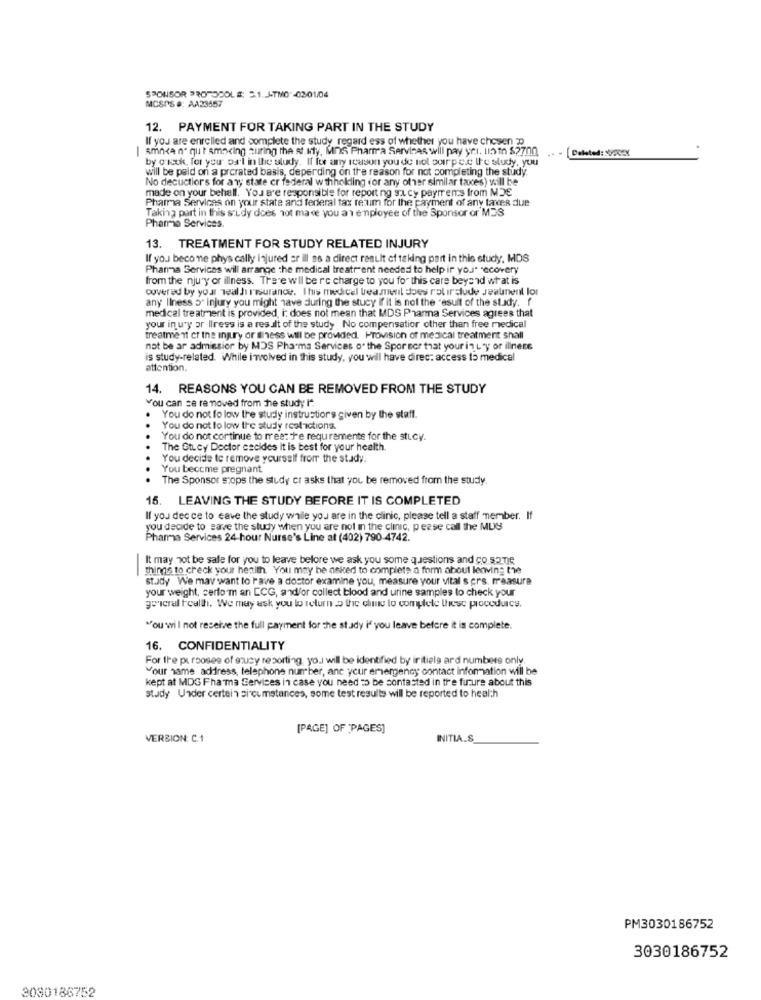
MCSPS #: AA23457
SPONSOR PROTOCOLS: 5.1. J-TMO -03/01/04
12. PAYMENT FOR TAKING PART IN THE STUDY
If you are enrolled and complete the study regard ess of whether you have chosen
Ismncan" qu't amocing curing the st. My, MnS Pharma Services will pay yel. unth $2700
by oncok, for you' of'l in the study. Il for any reason you de nol porpec the study, you
will be paid on a prorated basis, depending on the reason for not completing the study
No decuctiors for any state cr federal withhokling (or any other similar taxes) will be
made on your behall. You are responsible for reporting sucy payments from MDE
Pharma Services on your state and federal tax reum for the payment of any tardes due
Taking part in this study does not mave you an employee of the Sponsor or MDS
Pharma Services
13. TREATMENT FOR STUDY RELATED INJURY
If you beco ne phys cally injured er ill as a direct result of taking part in this study, MDS
Pharma Services will arrange the medical treatrent needed to help ir you" recovery
from the njury or illness. There wil be re charge to you fo" this care beyond what is
covered by your Teal hi risurance. Ihis medical teamenit does rolinclude Jeaunent lor
any Ilness 5" injury you might have during the stucy If it is not the "esult of the study. f
medical treatment is provided, i: does not mean that MDS Pharma Services agrees that
your in ury or Ilress is a result of the study No compensatior other than free medical
treatment er the injury or mess will be provided. Provision of medical treatment shall
not be ar admissior by MDS Pharma Services of the Spor sor that your in L'y of illness
is study-related. While i wolved in this study, you will have direc: access to medical
attention.
14. REASONS YOU CAN BE REMOVED FROM THE STUDY
You can se removed from he study I".
You do not fo low the study instructions given by the staff.
You do not to low the study rootactions.
You do not continue to meet the requirements for the stucy.
The GtLcy Doctor cecides it is best for your health.
You decide to remove yourself from the study.
You become pregnant
The Sponsor stops the study cr asks that you be removed from the study.
15. LEAVING THE STUDY BEFORE IT IS COMPLETED
If you dec ce to cave the study while you are in the clinic, please tell a staff member. If
you decide to save the study when you are not in the clinic, pease call the MUS
Pharma Services 24-hour Nurse's Line at (402) 790-4742.
It may not be sale for you to leave before we ask you some questions and co same
-
things to check your health. You may be asked to complete a form about leaving the
study We may want to have a doctor examine you, measure your vital sors. measure
your weight, certo'm an CCG, and/or collect blood and urine samples to check your
general health. We may ask you to return > the clime to complete these procedurce.
"ou wil not receive the full payment for the study i' you leave before it is complete.
16. CONFIDENTIALITY
For the pu rooses of sucy reporting, you will be identified by iritiele ard numbers only.
Your name address, telephone number, ane your emergency contact information will be
kept at MDG Fha ma Services in case you need to be contacted in the future about this
stady Under certain circumstances, some test results will be reported to health
[PAGE] OF 'PAGES]
VERSION: C.1
INITIA.S.
PM3030186752
3030186752
3080186752